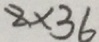
8 \times 3 6